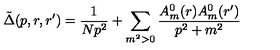
\tilde { \Delta } ( p , r , r ^ { \prime } ) = \frac { 1 } { N p ^ { 2 } } + \sum _ { m ^ { 2 } > 0 } \frac { A _ { m } ^ { 0 } ( r ) A _ { m } ^ { 0 } ( r ^ { \prime } ) } { p ^ { 2 } + m ^ { 2 } }